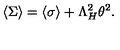
\langle \Sigma \rangle = \langle \sigma \rangle + \Lambda _ { H } ^ { 2 } \theta ^ { 2 } .